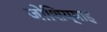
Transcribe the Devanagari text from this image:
जोशिय्याह